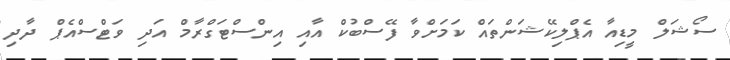
ސޯޝަލް މީޑިއާ އެޕްލިކޭޝަންތައް ކަމަށްވާ ފޭސްބުކް އާއި އިންސްޓަގްރާމް އަދި ވަޓްސްއެޕް ދާދި